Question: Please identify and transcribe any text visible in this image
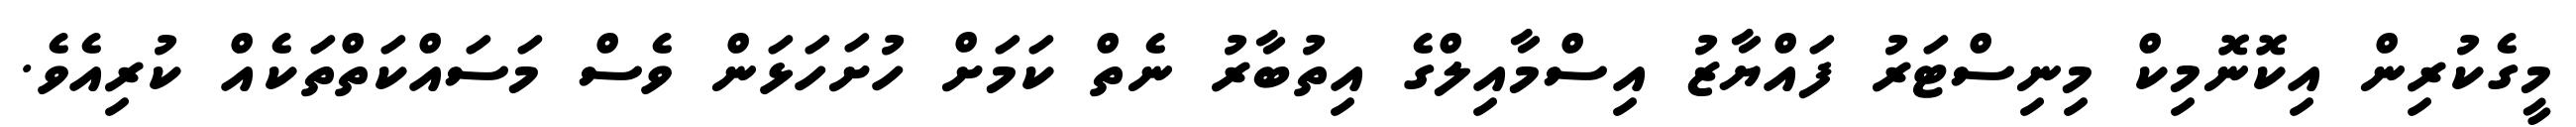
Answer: މީގެކުރިން އިކޮނޮމިކް މިނިސްޓަރު ފައްޔާޒު އިސްމާއިލްގެ އިތުބާރު ނެތް ކަމަށް ހުށަހަޅަން ވެސް މަސައްކަތްތަކެއް ކުރިއެވެ.